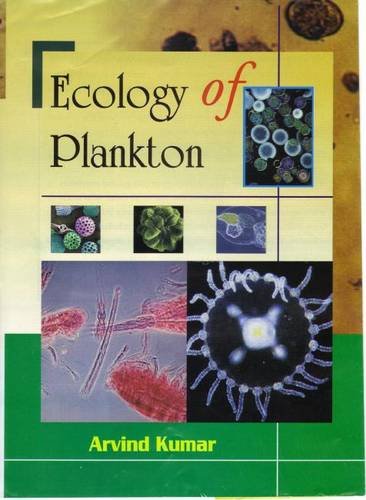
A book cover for Ecology of Plankton; Arvind Kumar; Science & Math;